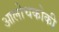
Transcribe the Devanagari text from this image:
आलोचकोकी